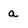
Character: a